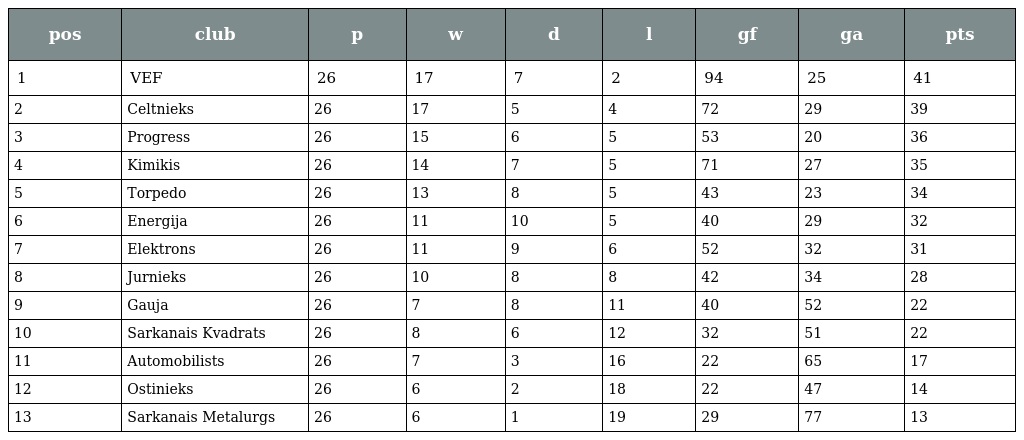
| pos | club | p | w | d | l | gf | ga | pts |
 | --- | --- | --- | --- | --- | --- | --- | --- | --- |
 | 1 | VEF | 26 | 17 | 7 | 2 | 94 | 25 | 41 |
 | 2 | Celtnieks | 26 | 17 | 5 | 4 | 72 | 29 | 39 |
 | 3 | Progress | 26 | 15 | 6 | 5 | 53 | 20 | 36 |
 | 4 | Kimikis | 26 | 14 | 7 | 5 | 71 | 27 | 35 |
 | 5 | Torpedo | 26 | 13 | 8 | 5 | 43 | 23 | 34 |
 | 6 | Energija | 26 | 11 | 10 | 5 | 40 | 29 | 32 |
 | 7 | Elektrons | 26 | 11 | 9 | 6 | 52 | 32 | 31 |
 | 8 | Jurnieks | 26 | 10 | 8 | 8 | 42 | 34 | 28 |
 | 9 | Gauja | 26 | 7 | 8 | 11 | 40 | 52 | 22 |
 | 10 | Sarkanais Kvadrats | 26 | 8 | 6 | 12 | 32 | 51 | 22 |
 | 11 | Automobilists | 26 | 7 | 3 | 16 | 22 | 65 | 17 |
 | 12 | Ostinieks | 26 | 6 | 2 | 18 | 22 | 47 | 14 |
 | 13 | Sarkanais Metalurgs | 26 | 6 | 1 | 19 | 29 | 77 | 13 |